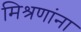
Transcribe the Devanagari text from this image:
मिश्रणांना